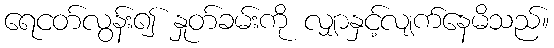
ရေငတ်လွန်း၍ နှုတ်ခမ်းကို လျှာနှင့်လျက်နေမိသည်။